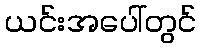
ယင်းအပေါ်တွင်